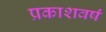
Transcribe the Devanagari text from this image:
प्रकाशवर्षं